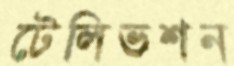
টেলিভশন